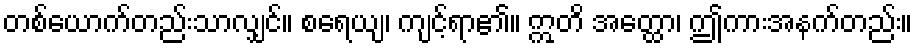
တစ်ယောက်တည်းသာလျှင်။ စရေယျ၊ ကျင့်ရာ၏။ ဣတိ အတ္ထော၊ ဤကားအနက်တည်း။